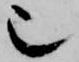
也